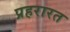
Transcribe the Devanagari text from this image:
प्रहरारत